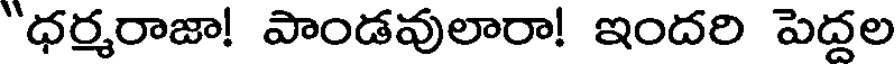
"ధర్మరాజా! పాండవులారా! ఇందరి పెద్దల